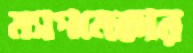
ম্যাপমেকার